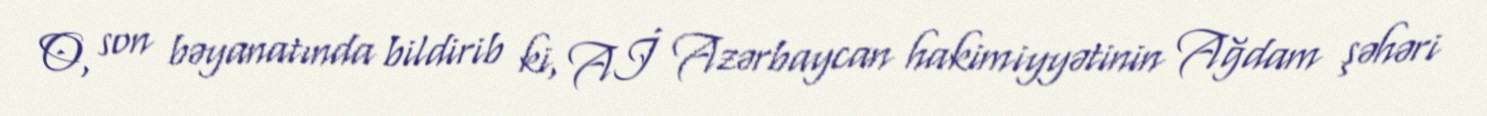
O, son bəyanatında bildirib ki, Aİ Azərbaycan hakimiyyətinin Ağdam şəhəri